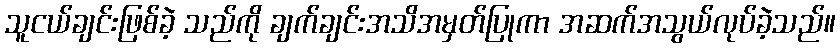
သူငယ်ချင်းဖြစ်ခဲ့ သည်ကို ချက်ချင်းအသိအမှတ်ပြုကာ အဆက်အသွယ်လုပ်ခဲ့သည်။